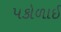
પકોળાઈ